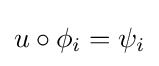
u\circ \phi _{i}=\psi _{i}